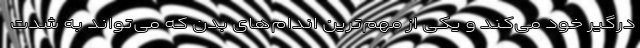
درگیر خود می‌کند و یکی از مهم‌ترین اندام‌های بدن که می‌تواند به شدت